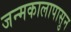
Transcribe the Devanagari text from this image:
जन्मकालापासुन